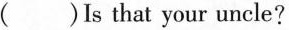
( )Is that your uncle?